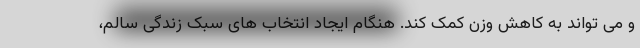
و می تواند به کاهش وزن کمک کند. هنگام ایجاد انتخاب های سبک زندگی سالم،